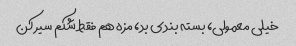
خیلی معمولی، بسته بندی بد، مزه هم فقط شکم سیر کن